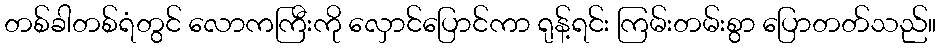
တစ်ခါတစ်ရံတွင် လောကကြီးကို လှောင်ပြောင်ကာ ရုန့်ရင်း ကြမ်းတမ်းစွာ ပြောတတ်သည်။